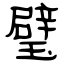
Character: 璧